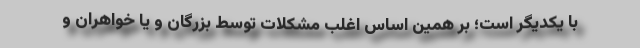
با یکدیگر است؛ بر همین اساس اغلب مشکلات توسط بزرگان و یا خواهران و